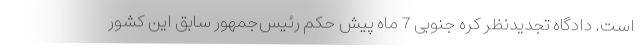
است. دادگاه تجدیدنظر کره جنوبی 7 ماه پیش حکم رئیس‌جمهور سابق این کشور